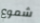
شموع